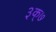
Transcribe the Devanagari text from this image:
३क्७